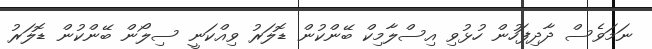
ނަމަވެސް ދާދިފަހުން ހުޅުވި އިސްލާމިކް ބޭންކުން ޑޮލަރު ވިއްކަނީ ސިލޯން ބޭންކުން ޑޮލަރު